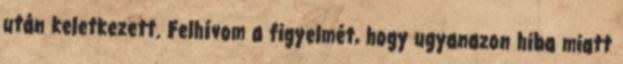
után keletkezett. Felhívom a figyelmét, hogy ugyanazon hiba miatt